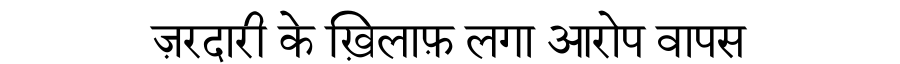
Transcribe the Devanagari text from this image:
ज़रदारी के ख़िलाफ़ लगा आरोप वापस